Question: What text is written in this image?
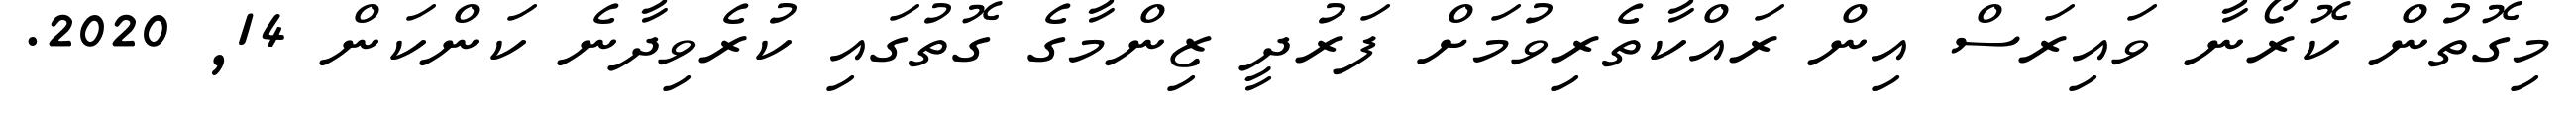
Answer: މިގޮތުން ކޮރޯނާ ވައިރަސް އިން ރައްކާތެރިވުމަށް ފަރުދީ ޒިންމާގެ ގޮތުގައި ކުރެވިދާނެ ކަންކަން 14, 2020.